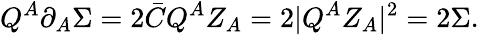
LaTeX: Q^{A}\partial_{A}\Sigma=2\bar{C}Q^{A}Z_{A}=2|Q^{A}Z_{A}|^{2}=2\Sigma.